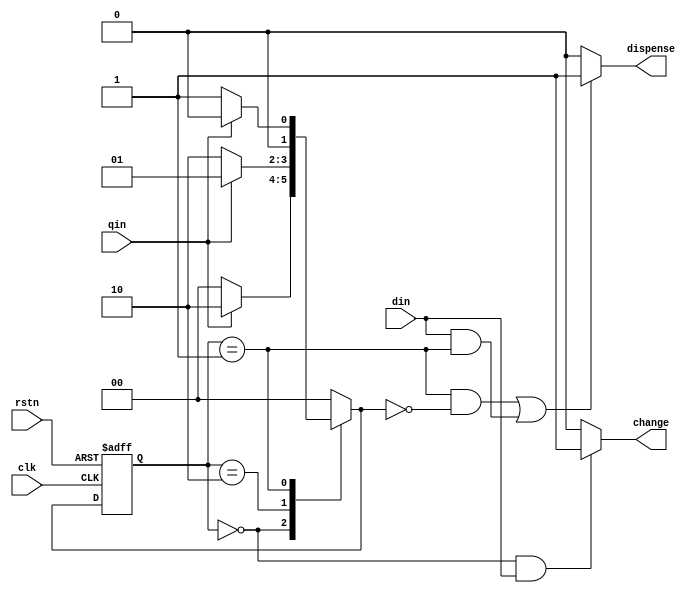
module vending_machine (clk,dispense,change,din,qin,rstn);
parameter  WAIT = 2'b00 ;
parameter  Q_50 = 2'b01 ;
parameter  Q_25 = 2'b10 ;

input clk,rstn,din,qin ;
output dispense , change ;
reg [1:0] cs , ns ;
//next state logic

	always @(*) begin
		case (cs)
			WAIT : 
			if (qin)
				ns = Q_25 ;
			else 
				ns = WAIT ;
			Q_25 :
			if (qin)
				ns = Q_50 ;
			else 
				ns = Q_25 ;
			Q_50 :
			if (qin)
				ns = WAIT ;
				//dispense = 1 ;
				//change = 0 ;
			else 
				ns = Q_50 ;
			default : ns = WAIT ;
		endcase 
	end 




// state memory 
always @(posedge clk or negedge rstn) begin
	if (~rstn) 
		cs <= WAIT ;
	else 
		cs <= ns ;
end


//output logic 

assign dispense =((cs==Q_50 && ns==WAIT)||(din==1&&cs==Q_50))? 1'b1 : 1'b0 ;
assign change = (cs== WAIT && din==1)? 1'b1 : 1'b0 ;
endmodule